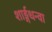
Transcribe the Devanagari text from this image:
शार्ङ्गधन्वा